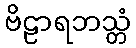
ဗိဠာရဘသ္တံ